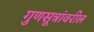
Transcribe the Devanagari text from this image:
गुणसूत्रांवरील